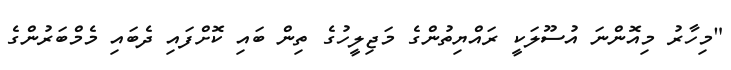
"މިހާރު މިއޮންނަ އުސޫލަކީ ރައްޔިތުންގެ މަޖިލީހުގެ ތިން ބައި ކޮށްފައި ދެބައި މެމްބަރުންގެ